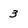
Character: 3